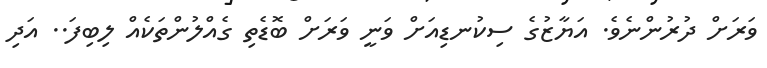
ވަރަށް ދުރުންނެވެ. އަޔާޒުގެ ސިކުނޑިއަށް ވަނީ ވަރަށް ބޮޑެތި ގެއްލުންތަކެއް ލިބިފަ.. އަދި